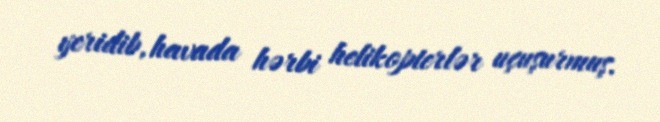
yeridib, havada hərbi helikopterlər uçuşurmuş.